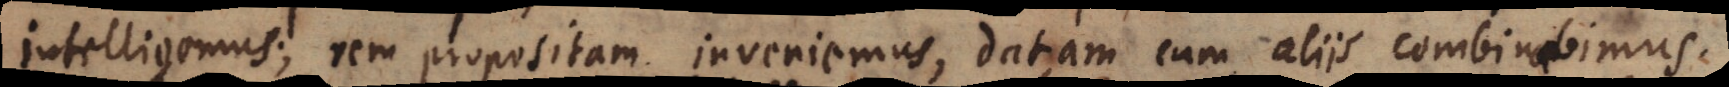
intelligemus; rem propositam inveniemus, datam cum aliis combinabimus.